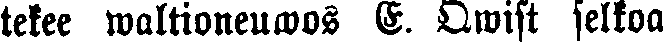
tekee waltioneuwos E. Qwist selkoa